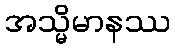
အသ္မိမာနဿ